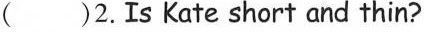
( )2. Is Kate short and thin?